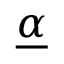
\underline { { \boldsymbol { \alpha } } }